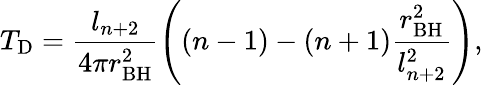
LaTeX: T_{\mathrm{D}}=\frac{l_{n+2}}{4\pi r_{\mathrm{BH}}^{2}}\left((n-1)-(n+1)\frac{r_{\mathrm{BH}}^{2}}{l_{n+2}^{2}}\right),